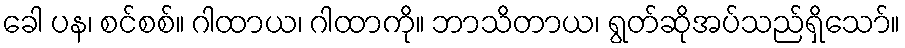
ခေါ ပန၊ စင်စစ်။ ဂါထာယ၊ ဂါထာကို။ ဘာသိတာယ၊ ရွတ်ဆိုအပ်သည်ရှိသော်။